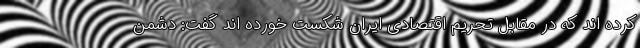
کرده اند که در مقابل تحریم اقتصادی ایران شکست خورده اند گفت: دشمن